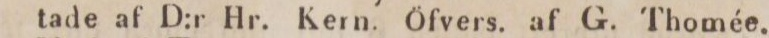
tade af D:r Hr. Kern. Öfvers. af G. Thomée.